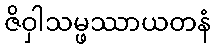
ဇိဝှါသမ္ဖဿာယတနံ